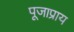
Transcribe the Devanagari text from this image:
पूजाप्राय